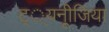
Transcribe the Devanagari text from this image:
ट््यनूीजिया